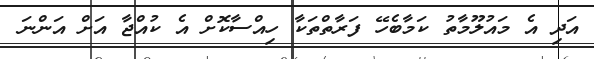
އަދި އެ މައުލޫމާތު ކަމާބެހޭ ފަރާތްތަކާ ހިއްސާކޮށް އެ ކުއްޖާ އަށް އަންނަ